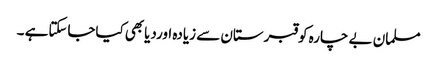
مسلمان بے چارہ کوقبرستان سے زیادہ اوردیابھی کیاجاسکتاہے ۔